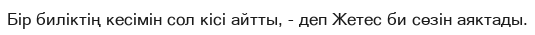
Бір биліктің кесімін сол кісі айтты, - деп Жетес би сөзін аяктады.